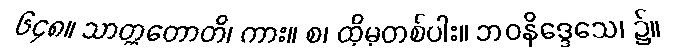
၆၄၈။ သာတ္ထတောတိ၊ ကား။ စ၊ ထိုမှတစ်ပါး။ ဘဝနိဒ္ဒေသေ၊ ၌။